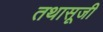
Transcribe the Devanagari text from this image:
तथासूजी